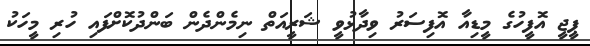
ޕީޖީ އޮފީހުގެ މީޑިއާ އޮފިސަރު ވިދާޅުވީ ޝަރީއަތް ނިމެންދެން ބަންދުކޮށްފައި ހުރި މީހަކު